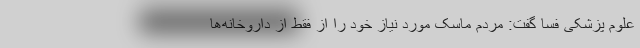
علوم پزشکی فسا گفت: مردم ماسک مورد نیاز خود را از فقط از داروخانه‌ها